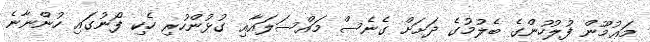
މަޢުމޫން ފުލުހުންގެ ބެލުމުގެ ދަށަށް ގެނެސް މައްސަލައާއި ގުޅުންހުރި ހެކި ފޯނުގައި ހުންނާނެ